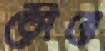
তৌরে